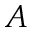
A